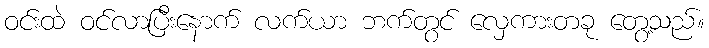
ဝင်းထဲ ဝင်လာပြီးနောက် လက်ယာ ဘက်တွင် လှေကားတခု တွေ့သည်။